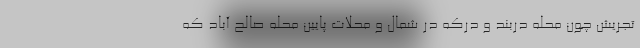
تجریش چون محله دربند و درکه در شمال و محلات پایین محله صالح آباد که